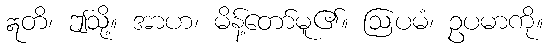
ဣတိ၊ ဤသို့။ အာဟ၊ မိန့်တော်မူ၏။ ဩပမံ၊ ဥပမာကို။